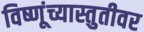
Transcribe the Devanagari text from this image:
विष्णूंच्यास्तुतीवर